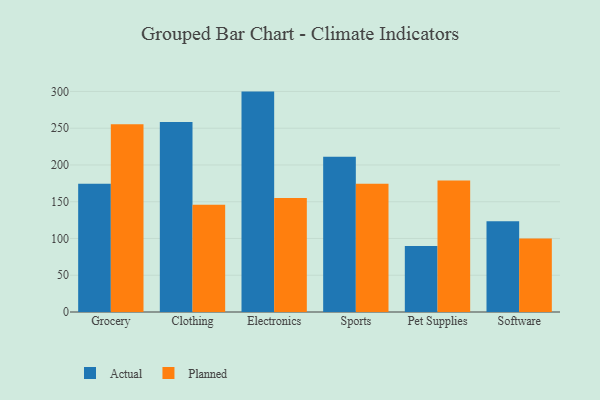
{"axis": {"x": "Category", "y": "Energy Usage (MWh)"}, "legend": ["Actual", "Planned"], "data": [{"x": "Grocery", "y": 174.5, "type": "Actual"}, {"x": "Grocery", "y": 255.3, "type": "Planned"}, {"x": "Clothing", "y": 258.3, "type": "Actual"}, {"x": "Clothing", "y": 145.9, "type": "Planned"}, {"x": "Electronics", "y": 299.8, "type": "Actual"}, {"x": "Electronics", "y": 155.2, "type": "Planned"}, {"x": "Sports", "y": 211.3, "type": "Actual"}, {"x": "Sports", "y": 174.3, "type": "Planned"}, {"x": "Pet Supplies", "y": 89.9, "type": "Actual"}, {"x": "Pet Supplies", "y": 178.9, "type": "Planned"}, {"x": "Software", "y": 123.5, "type": "Actual"}, {"x": "Software", "y": 100.0, "type": "Planned"}]}